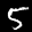
Label: 5